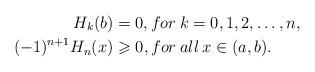
LaTeX: \begin{align*}H_k(b)&=0, for\: k=0,1,2,\ldots ,n,\\(-1)^{n+1}H_{n}(x)&\geqslant 0 ,for\:all\: x\in (a,b).\end{align*}